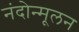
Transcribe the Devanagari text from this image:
नंदोन्मूलन